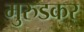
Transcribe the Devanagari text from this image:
मुरुडकर